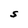
Character: S